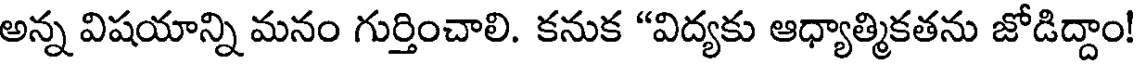
అన్న విషయాన్ని మనం గుర్తించాలి. కనుక "విద్యకు ఆధ్యాత్మికతను జోడిద్దాం!